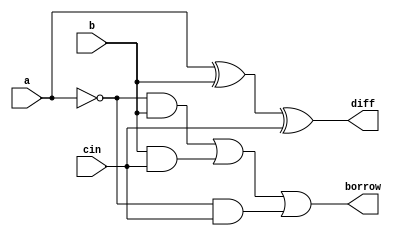
module fullsubtractor (a,b,cin,diff,borrow);
  input a,b,cin;
  output diff,borrow;
  
  assign diff = a ^ b^cin;
  assign borrow = (~a & b) | (b & cin) | (~a & cin) ;
  
endmodule